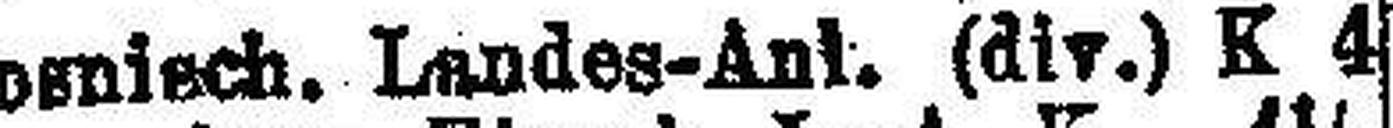
Bosnisch. Landes-Ank. (div.) K 4